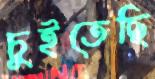
চুইতেছি